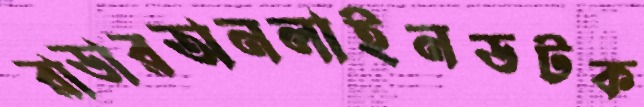
রাডারঅনলাইনডটক